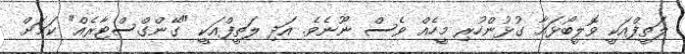
ލަތީފްއަކީ ވޮލީބޯޅައާ ގުޅުންހުރި މީހެއް ވެސް ނޫނެވެ. އަދި ލަތީފްއަކީ "ގޭންގްސްޓާރެއް" ކަމަށް